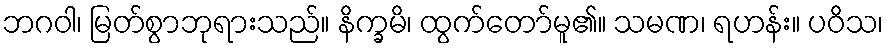
ဘဂဝါ၊ မြတ်စွာဘုရားသည်။ နိက္ခမိ၊ ထွက်တော်မူ၏။ သမဏ၊ ရဟန်း။ ပဝိသ၊